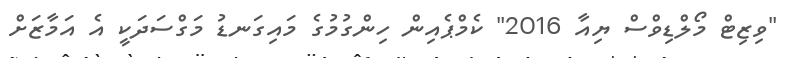
"ވިޒިޓް މޯލްޑިވްސް ޔިއާ 2016" ކެމްޕެއިން ހިންގުމުގެ މައިގަނޑު މަގްސަދަކީ އެ އަމާޒަށް